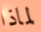
لماذا